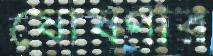
ষোষণার